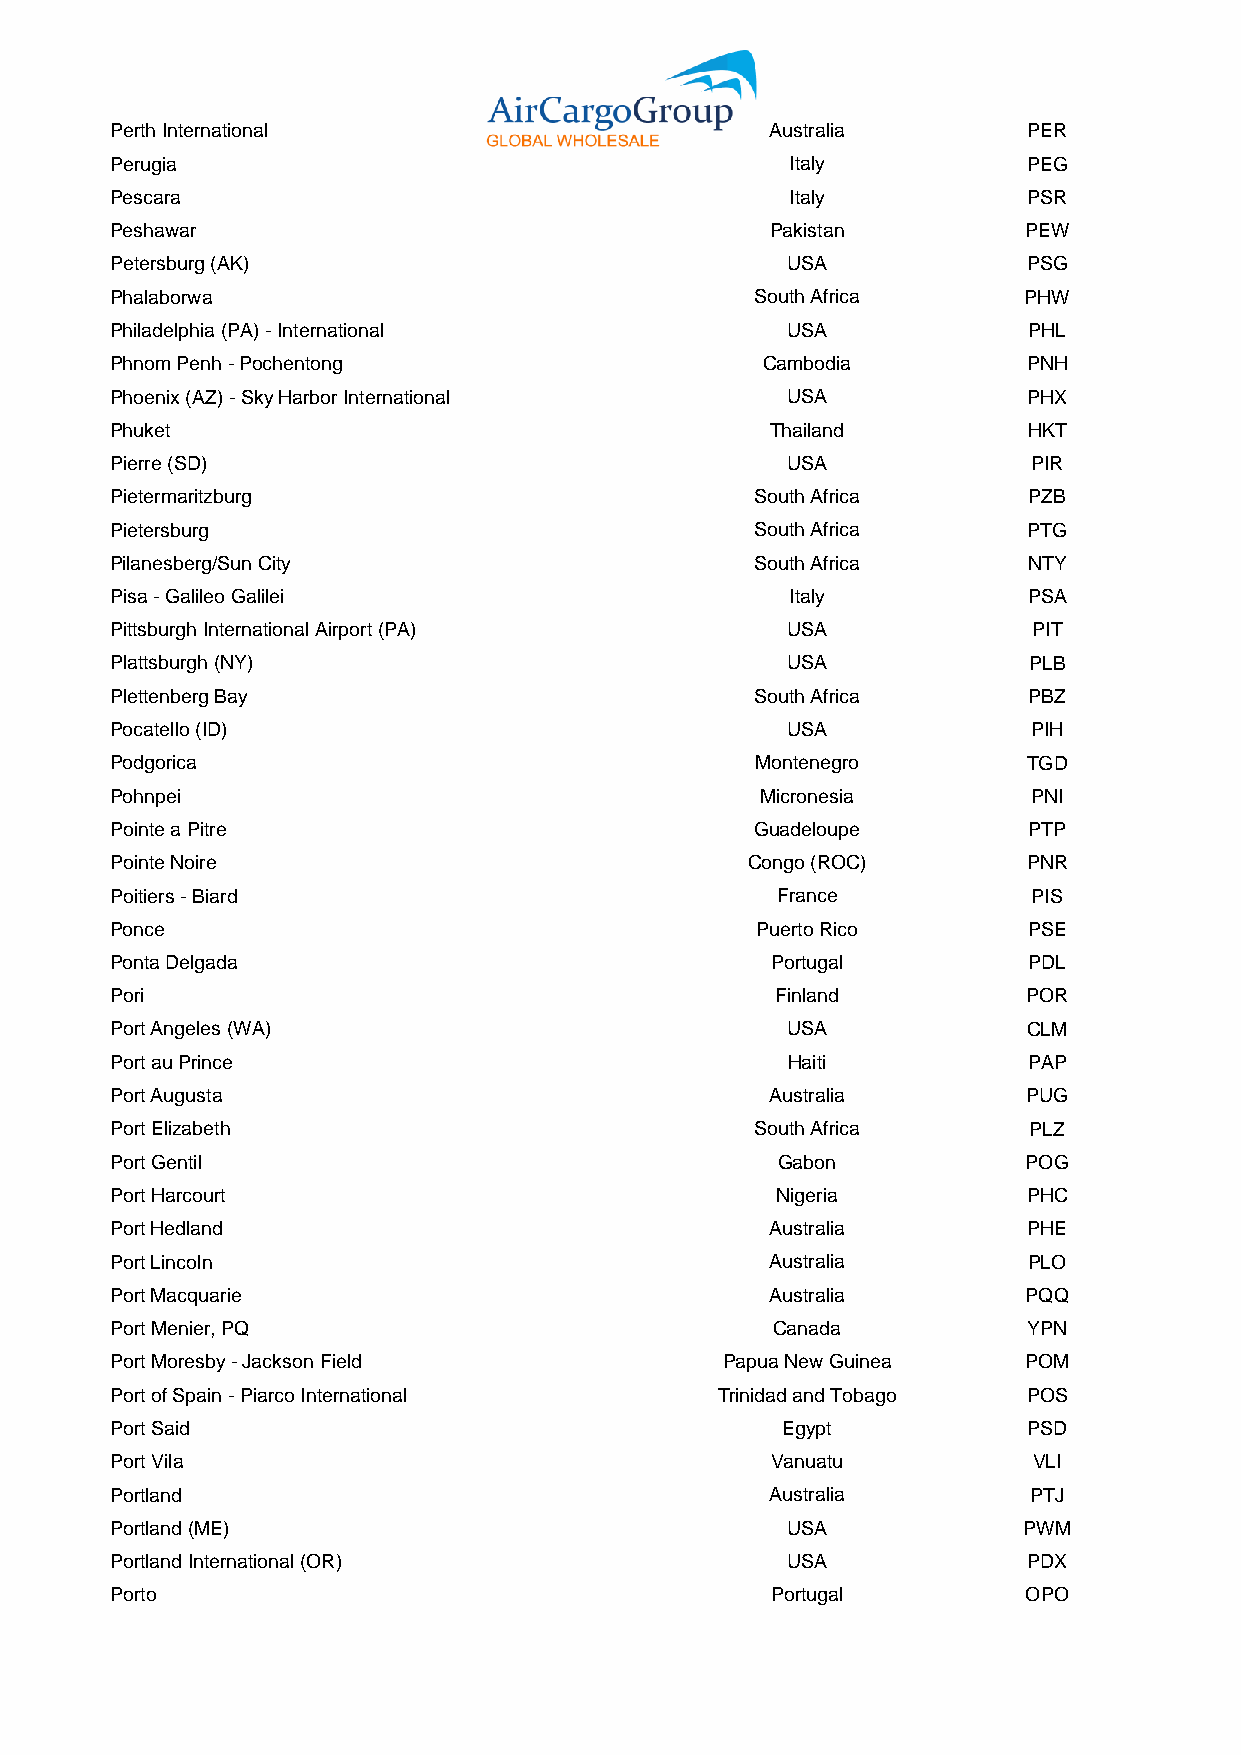
Perth International                         Australia        PER
 Perugia                                      Italy           PEG
 Pescara                                      Italy           PSR
 Peshawar                                    Pakistan         PEW
 Petersburg (AK)                              USA             PSG
 Phalaborwa                                 South Africa      PHW
 Philadelphia (PA) - International            USA             PHL
 Phnom Penh - Pochentong                    Cambodia          PNH
 Phoenix (AZ) - Sky Harbor International      USA             PHX
 Phuket                                      Thailand         HKT
 Pierre (SD)                                  USA             PIR
 Pietermaritzburg                           South Africa      PZB
 Pietersburg                                South Africa      PTG
 Pilanesberg/Sun City                       South Africa      NTY
 Pisa - Galileo Galilei                       Italy           PSA
 Pittsburgh International Airport (PA)        USA             PIT
 Plattsburgh (NY)                             USA             PLB
 Plettenberg Bay                            South Africa      PBZ
 Pocatello (ID)                               USA             PIH
 Podgorica                                  Montenegro        TGD
 Pohnpei                                    Micronesia        PNI
 Pointe a Pitre                             Guadeloupe        PTP
 Pointe Noire                              Congo (ROC)        PNR
 Poitiers - Biard                            France           PIS
 Ponce                                      Puerto Rico       PSE
 Ponta Delgada                               Portugal         PDL
 Pori                                        Finland          POR
 Port Angeles (WA)                            USA             CLM
 Port au Prince                               Haiti           PAP
 Port Augusta                                Australia        PUG
 Port Elizabeth                             South Africa      PLZ
 Port Gentil                                 Gabon            POG
 Port Harcourt                               Nigeria          PHC
 Port Hedland                                Australia        PHE
 Port Lincoln                                Australia        PLO
 Port Macquarie                              Australia        PQQ
 Port Menier, PQ                             Canada           YPN
 Port Moresby - Jackson Field             Papua New Guinea    POM
 Port of Spain - Piarco International    Trinidad and Tobago  POS
 Port Said                                    Egypt           PSD
 Port Vila                                   Vanuatu          VLI
 Portland                                    Australia        PTJ
 Portland (ME)                                USA             PWM
 Portland International (OR)                  USA             PDX
 Porto                                       Portugal         OPO